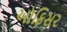
ઑફિસર